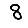
Digit: 8